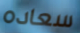
سعاده